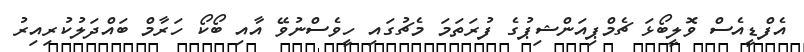
އެފްޑީއެސް ވޮލީބޯޅަ ޗެމްޕިއަންޝިޕުގެ ފުރަތަމަ މެޗުގައި ހީވެސްނުވޭ އާއި ބޯކޯ ހަރާމް ބައްދަލުކުރިއިރު